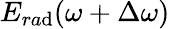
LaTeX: E_{ra\mathrm{d}}(\omega+\Delta\omega)